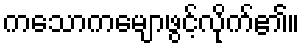
ကသောကမျောဖွင့်လိုက်၏။